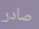
صادر